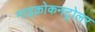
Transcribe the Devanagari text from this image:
माइक्रोकनट्रोलर